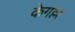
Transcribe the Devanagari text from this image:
केगल्ल